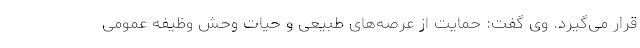
قرار می‌گیرد. وی گفت: حمایت از عرصه‌های طبیعی و حیات وحش وظیفه عمومی